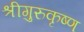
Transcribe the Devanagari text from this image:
श्रीगुरुकृष्ण